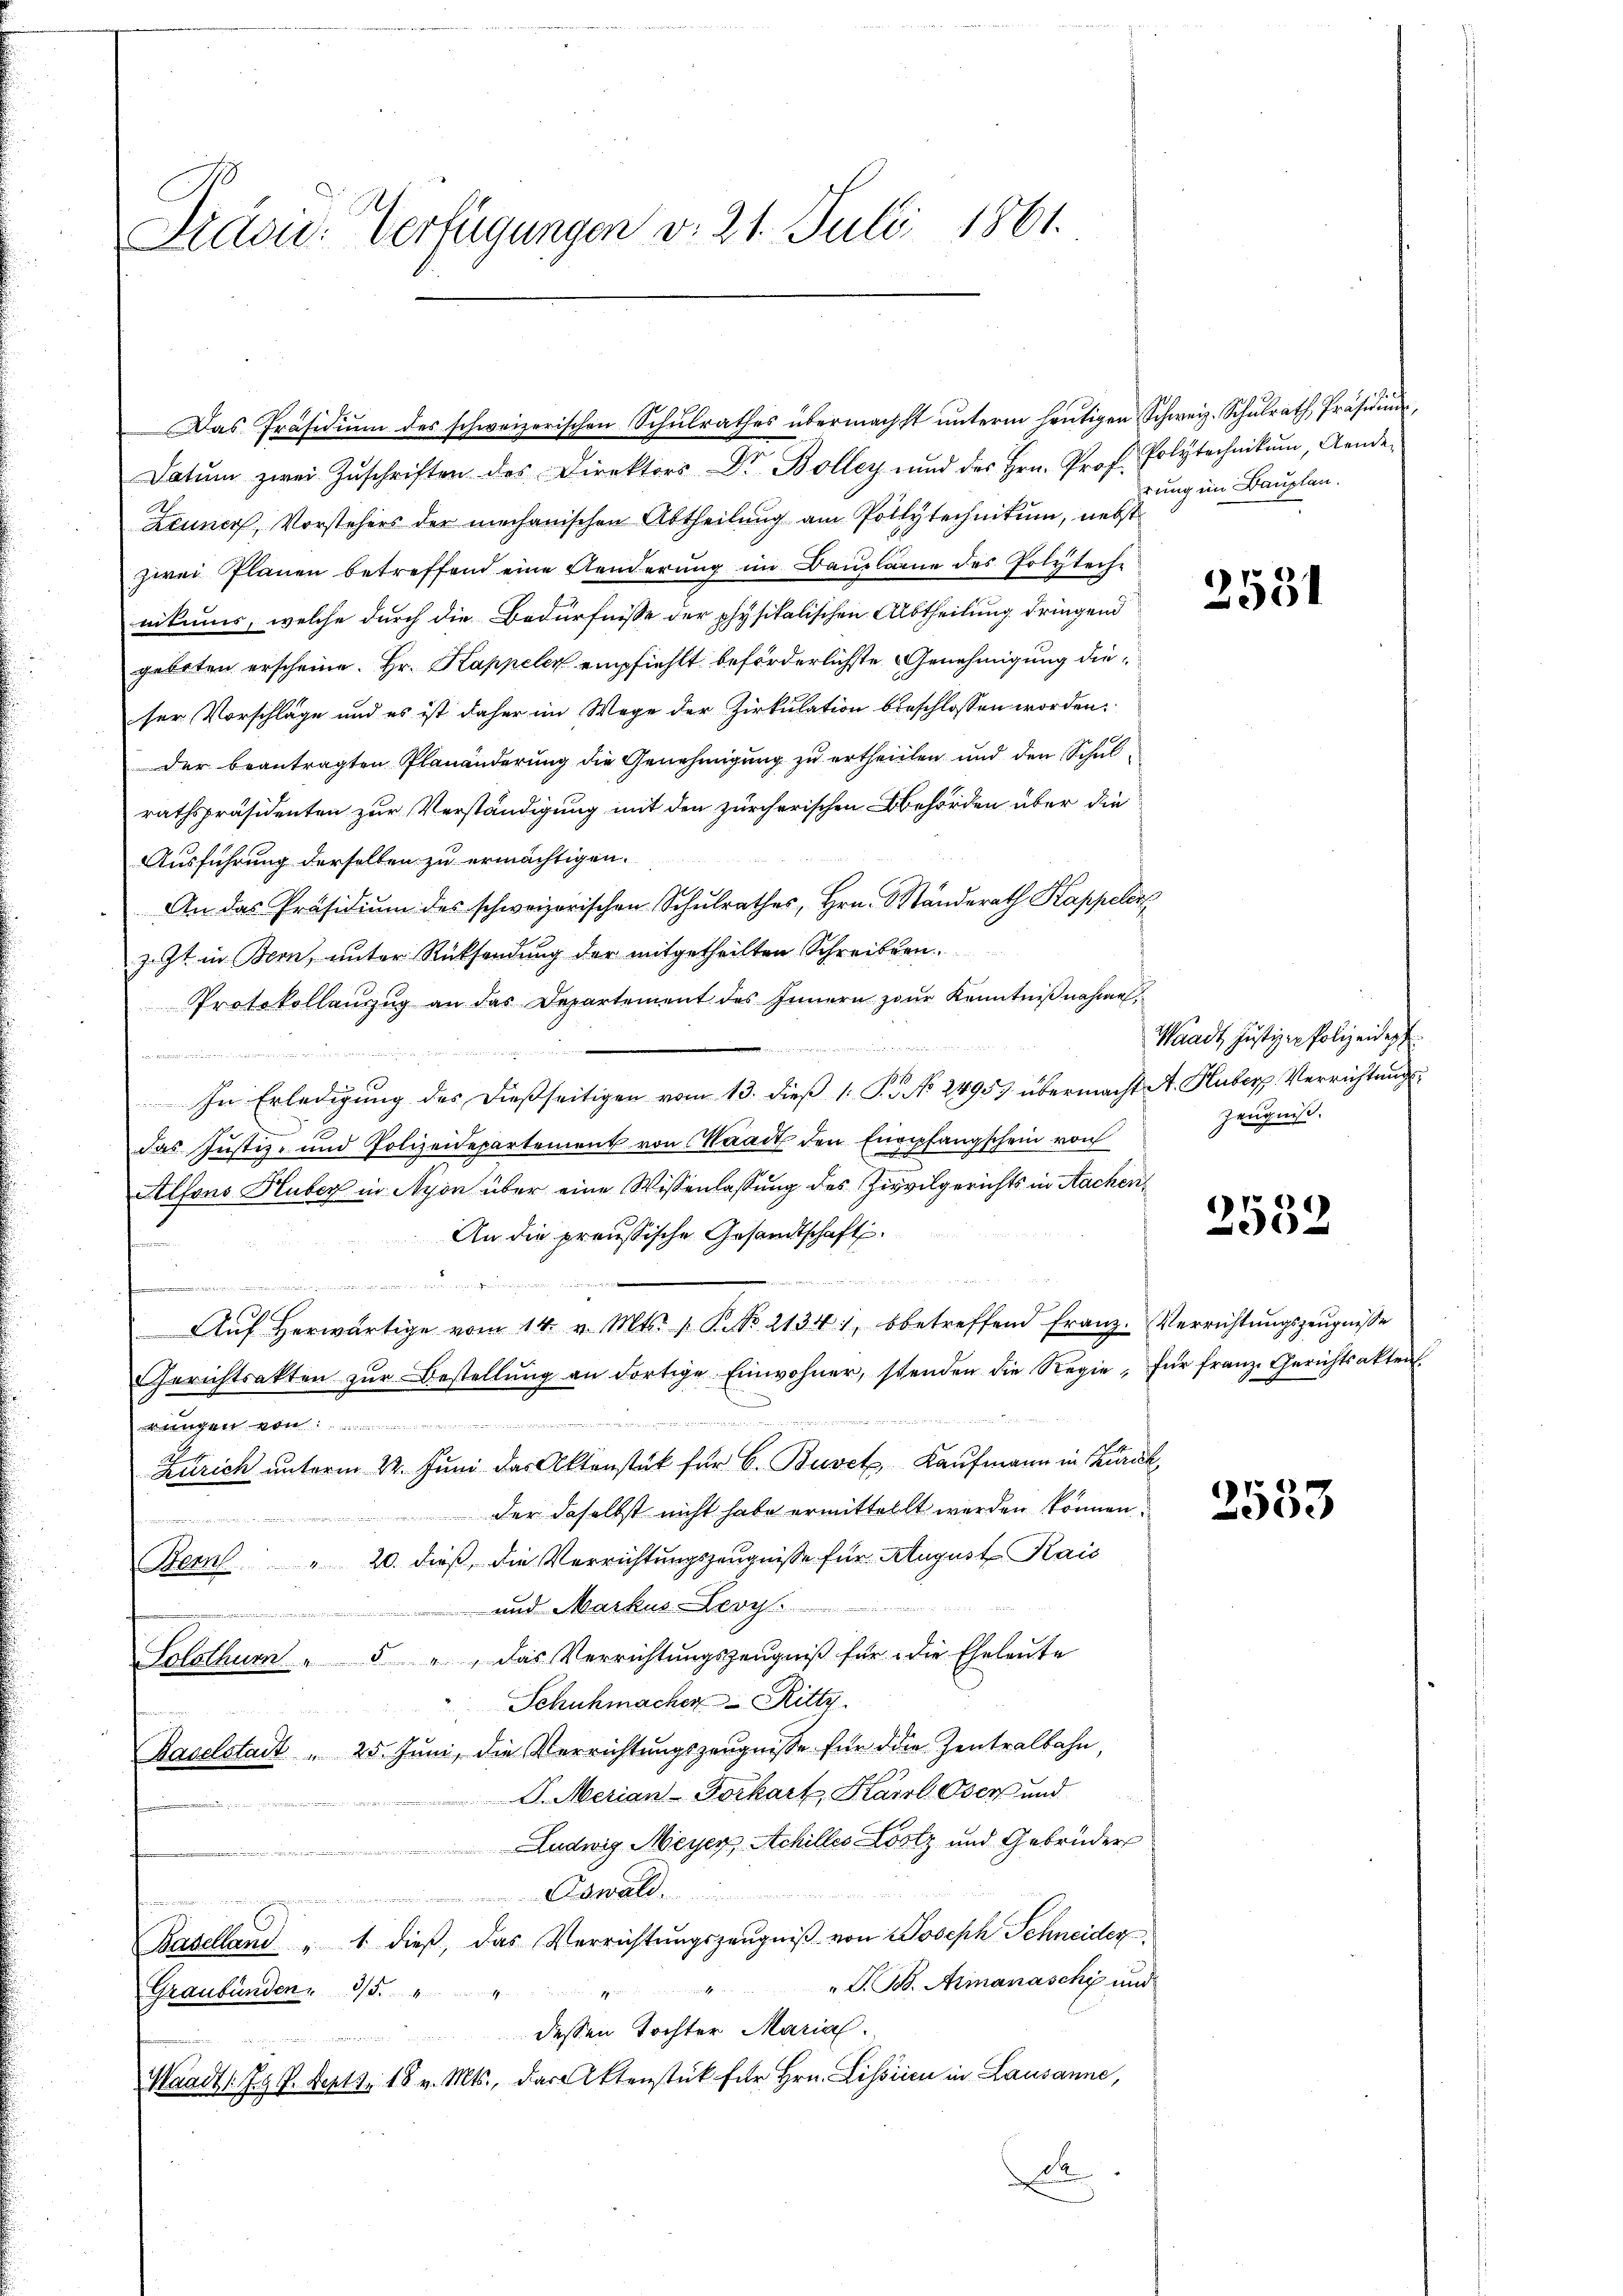
Pravić-Verfügungen d. 21. Juli 1861.

Datum zwei Zŭschriften des Direktors Dr. Bolley und des Hrn. Prof. Polytechnikum, Aende
Zeuner, Vorstehers der mechanischen Abtheilung am Pollytechnikum, nebst
zwei Planen betreffend eine Aenderung im Bauplane des Polyteche
nitums, welche durch die Bedürfnisse der physikalischen Abtheilung dringend
geboten erscheine. Hr. Kappeler empfiehlt beförderlichste Genehmigung dieser Vorschläge und es ist daher im Wege der Zirkulation beschlossen worden.
der beantragten Planänderung die Genehmigung zu ertheilten und den Schulrathspräsidenten zur Verständigung mit den zürcherischen Behörden über die
Ausführung derselben zu ermächtigen.
An das Präsidium des schweizerischen Schulrathes, Hrn. O Ständerath Kappeler
z. Zt. in Bern, ŭnter Rücksendŭng der mitgetheilten Schreiben.
Protokollaŭszŭg an das Departement des Innern zŭr Kenntniβnahme,
i

In Erledigung des dießseitigen vom 13. dieß 1: P. No. 24957 übermacht A. Huber Verrichtung
 E
das Justiz- und Polizeidepartement von Waadt den Empfangschein von
Alfons Huber in Nyon über eine Wissenlassung des Zivilgerichts in Aachen¬
An die preussische Gesandtschaft.
2
omentes einen des

1890
Aŭf herwärtige vom 14. v. Mts. 1. K. No. 2134), betreffend franz. Verrichtŭngszeŭgnisse
Gerichtsakten zŭr Bestellŭng an dortige Einwohner, stenden die Regie, für franz. Gerichtsakten
rungen von
Zürich unterm 22. Juni das Aktenstät für 6. Burck, Kaufmann in Zurück,
 der daselbst nicht habe ermittellt werden können.

Bern " 20. dieß, die Verrichtungszeugnisse für August Kais
 und Markus-Levy.
Solothur " " " das Verrichtŭngszeŭgniβ für die Eheleŭte
Schuhmacher Ritte
wen un
Baselstadt " 25. Juni, die Verrichtungszeugnisse für die Zentralbahn,
G. Merian-Forkart, Karl Oser und
Ludwig Meyer Achilles Lostz und Gebrüder
Oswald

Baselland " " dieβ, das Verrichtŭngszeŭgniβ von Joseph Schneider
G. B. Armanaschi und
Graubünden
dessen Tochter Marial
Waadt 1 J. J. Sept. 18 v. Mts., das Aktenstück für Hrn. Lissrien in Lausanne,
d
d

Das Präsidiŭm des schweizerischen Schŭlrathes übermächst ŭnterm heŭtigen Schweiz. Schŭlrath Präsidiŭm,

rung in Bauplan.

2581

Waadt Justizen Polizeide
Zeugniß.

2532

3533